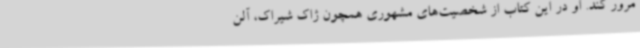
مرور کند. او در این کتاب از شخصیت‌های مشهوری همچون ژاک شیراک، آلن